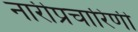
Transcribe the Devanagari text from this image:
नारीप्रचारिणी